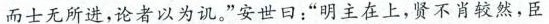
而士无所进，论者以为讥。”安世曰：“明主在上，贤不肖较然，臣